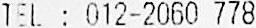
TEL : 012-2060 778